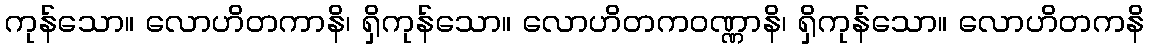
ကုန်သော။ လောဟိတကာနိ၊ ရှိကုန်သော။ လောဟိတကဝဏ္ဏာနိ၊ ရှိကုန်သော။ လောဟိတကနိ